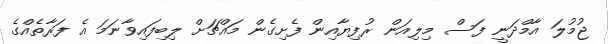
ޖުމުލަ އާމްދަނީ ފަސް މިލިއަން ރުފިޔާއިން ފެށިގެން މައްޗަށް ލިބިފައިވާނަމަ އެ ފަރާތެއްގެ